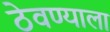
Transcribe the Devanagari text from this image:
ठेवण्याला